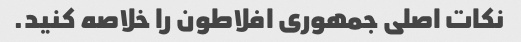
نکات اصلی جمهوری افلاطون را خلاصه کنید.